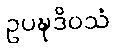
ဥပဍ္ဎဒိဝသံ